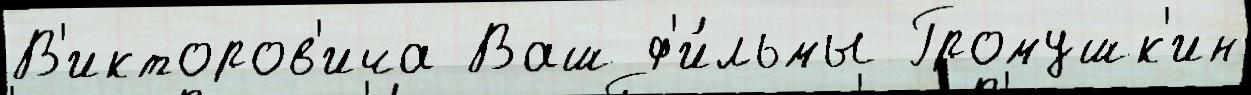
В'икторов'ича Ваш ф'и́льмы Громушк'ин